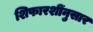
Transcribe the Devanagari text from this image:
शिफारशींनुसार